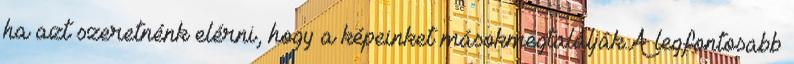
ha azt szeretnénk elérni, hogy a képeinket másokmegtalálják.A legfontosabb